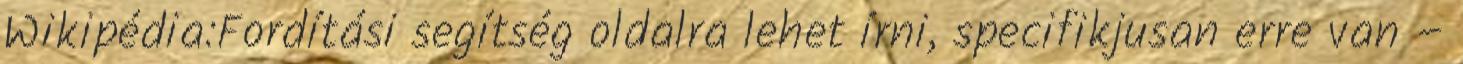
Wikipédia:Fordítási segítség oldalra lehet írni, specifikjusan erre van –